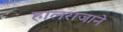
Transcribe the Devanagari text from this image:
हालराजाने